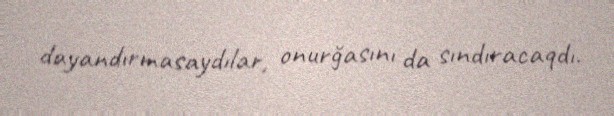
dayandırmasaydılar, onurğasını da sındıracaqdı.